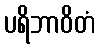
ပရိဘာဝိတံ